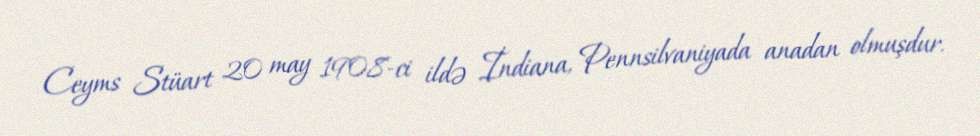
Ceyms Stüart 20 may 1908-ci ildə İndiana, Pennsilvaniyada anadan olmuşdur.